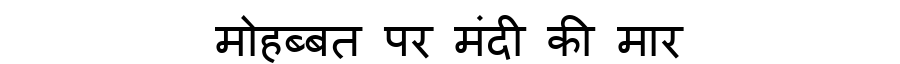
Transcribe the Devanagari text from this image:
मोहब्बत पर मंदी की मार